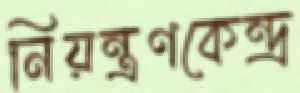
নিয়ন্ত্রণকেন্দ্র